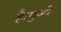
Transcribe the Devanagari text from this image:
है।गुर्जर